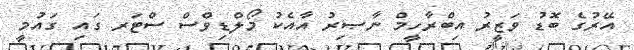
އޭރުގެ ބޮޑު ވަޒީރު އިބްރާހީމް ނާޞިރު އާއެކު މޯލްޑިވްސް ސްޓަރ ގައި ގައުމީ